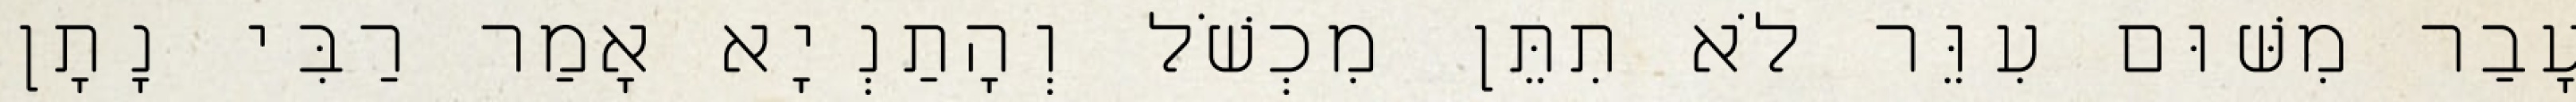
עָבַר מִשּׁוּם עִוֵּר לֹא תִתֵּן מִכְשֹׁל וְהָתַנְיָא אָמַר רַבִּי נָתָן